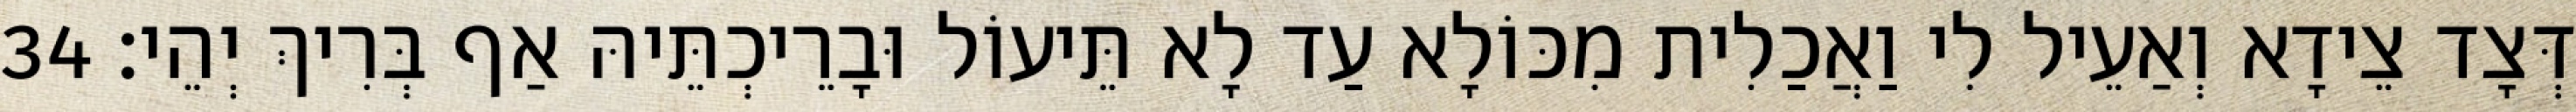
דְּצָד צֵידָא וְאַעֵיל לִי וַאֲכַלִית מִכּוֹלָא עַד לָא תֵּיעוֹל וּבָרֵיכְתֵּיהּ אַף בְּרִיךְ יְהֵי׃ 34